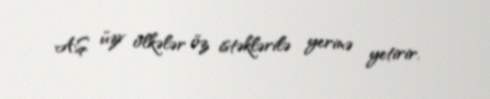
AŞ üzv ölkələr öz istəklərilə yerinə yetirir.